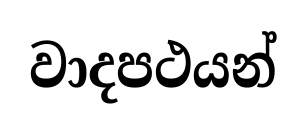
වාදපථයන්